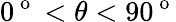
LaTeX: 0^{\mathrm{~o~}}<\theta<90^{\mathrm{~o~}}